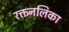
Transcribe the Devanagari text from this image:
रक्तनलिका